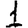
Digit: 1